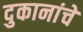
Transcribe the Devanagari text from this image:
दुकानांचे